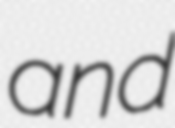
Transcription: and